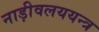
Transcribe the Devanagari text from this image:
नाड़ीवलययन्त्र